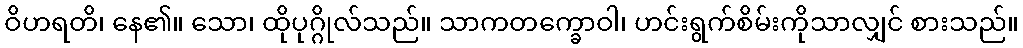
ဝိဟရတိ၊ နေ၏။ သော၊ ထိုပုဂ္ဂိုလ်သည်။ သာကတက္ခောဝါ၊ ဟင်းရွက်စိမ်းကိုသာလျှင် စားသည်။